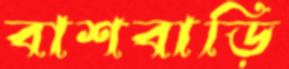
বাশবাড়ি